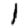
Digit: 1